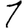
Digit: 1